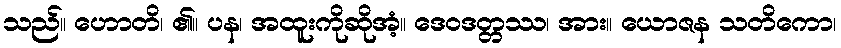
သည်။ ဟောတိ၊ ၏။ ပန၊ အထူးကိုဆိုအံ့။ ဒေဝဒတ္တဿ၊ အား။ ယောဇန သတိကော၊